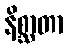
နိစ္ဆာတာ